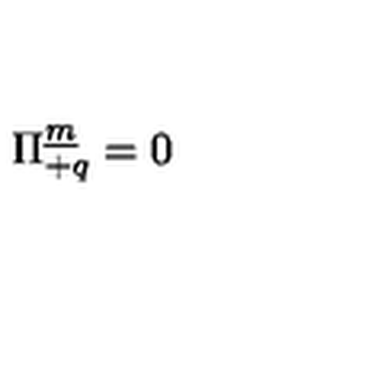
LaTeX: \Pi _ { + q } ^ { \underline { { m } } } = 0